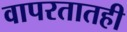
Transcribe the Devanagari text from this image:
वापरतातही